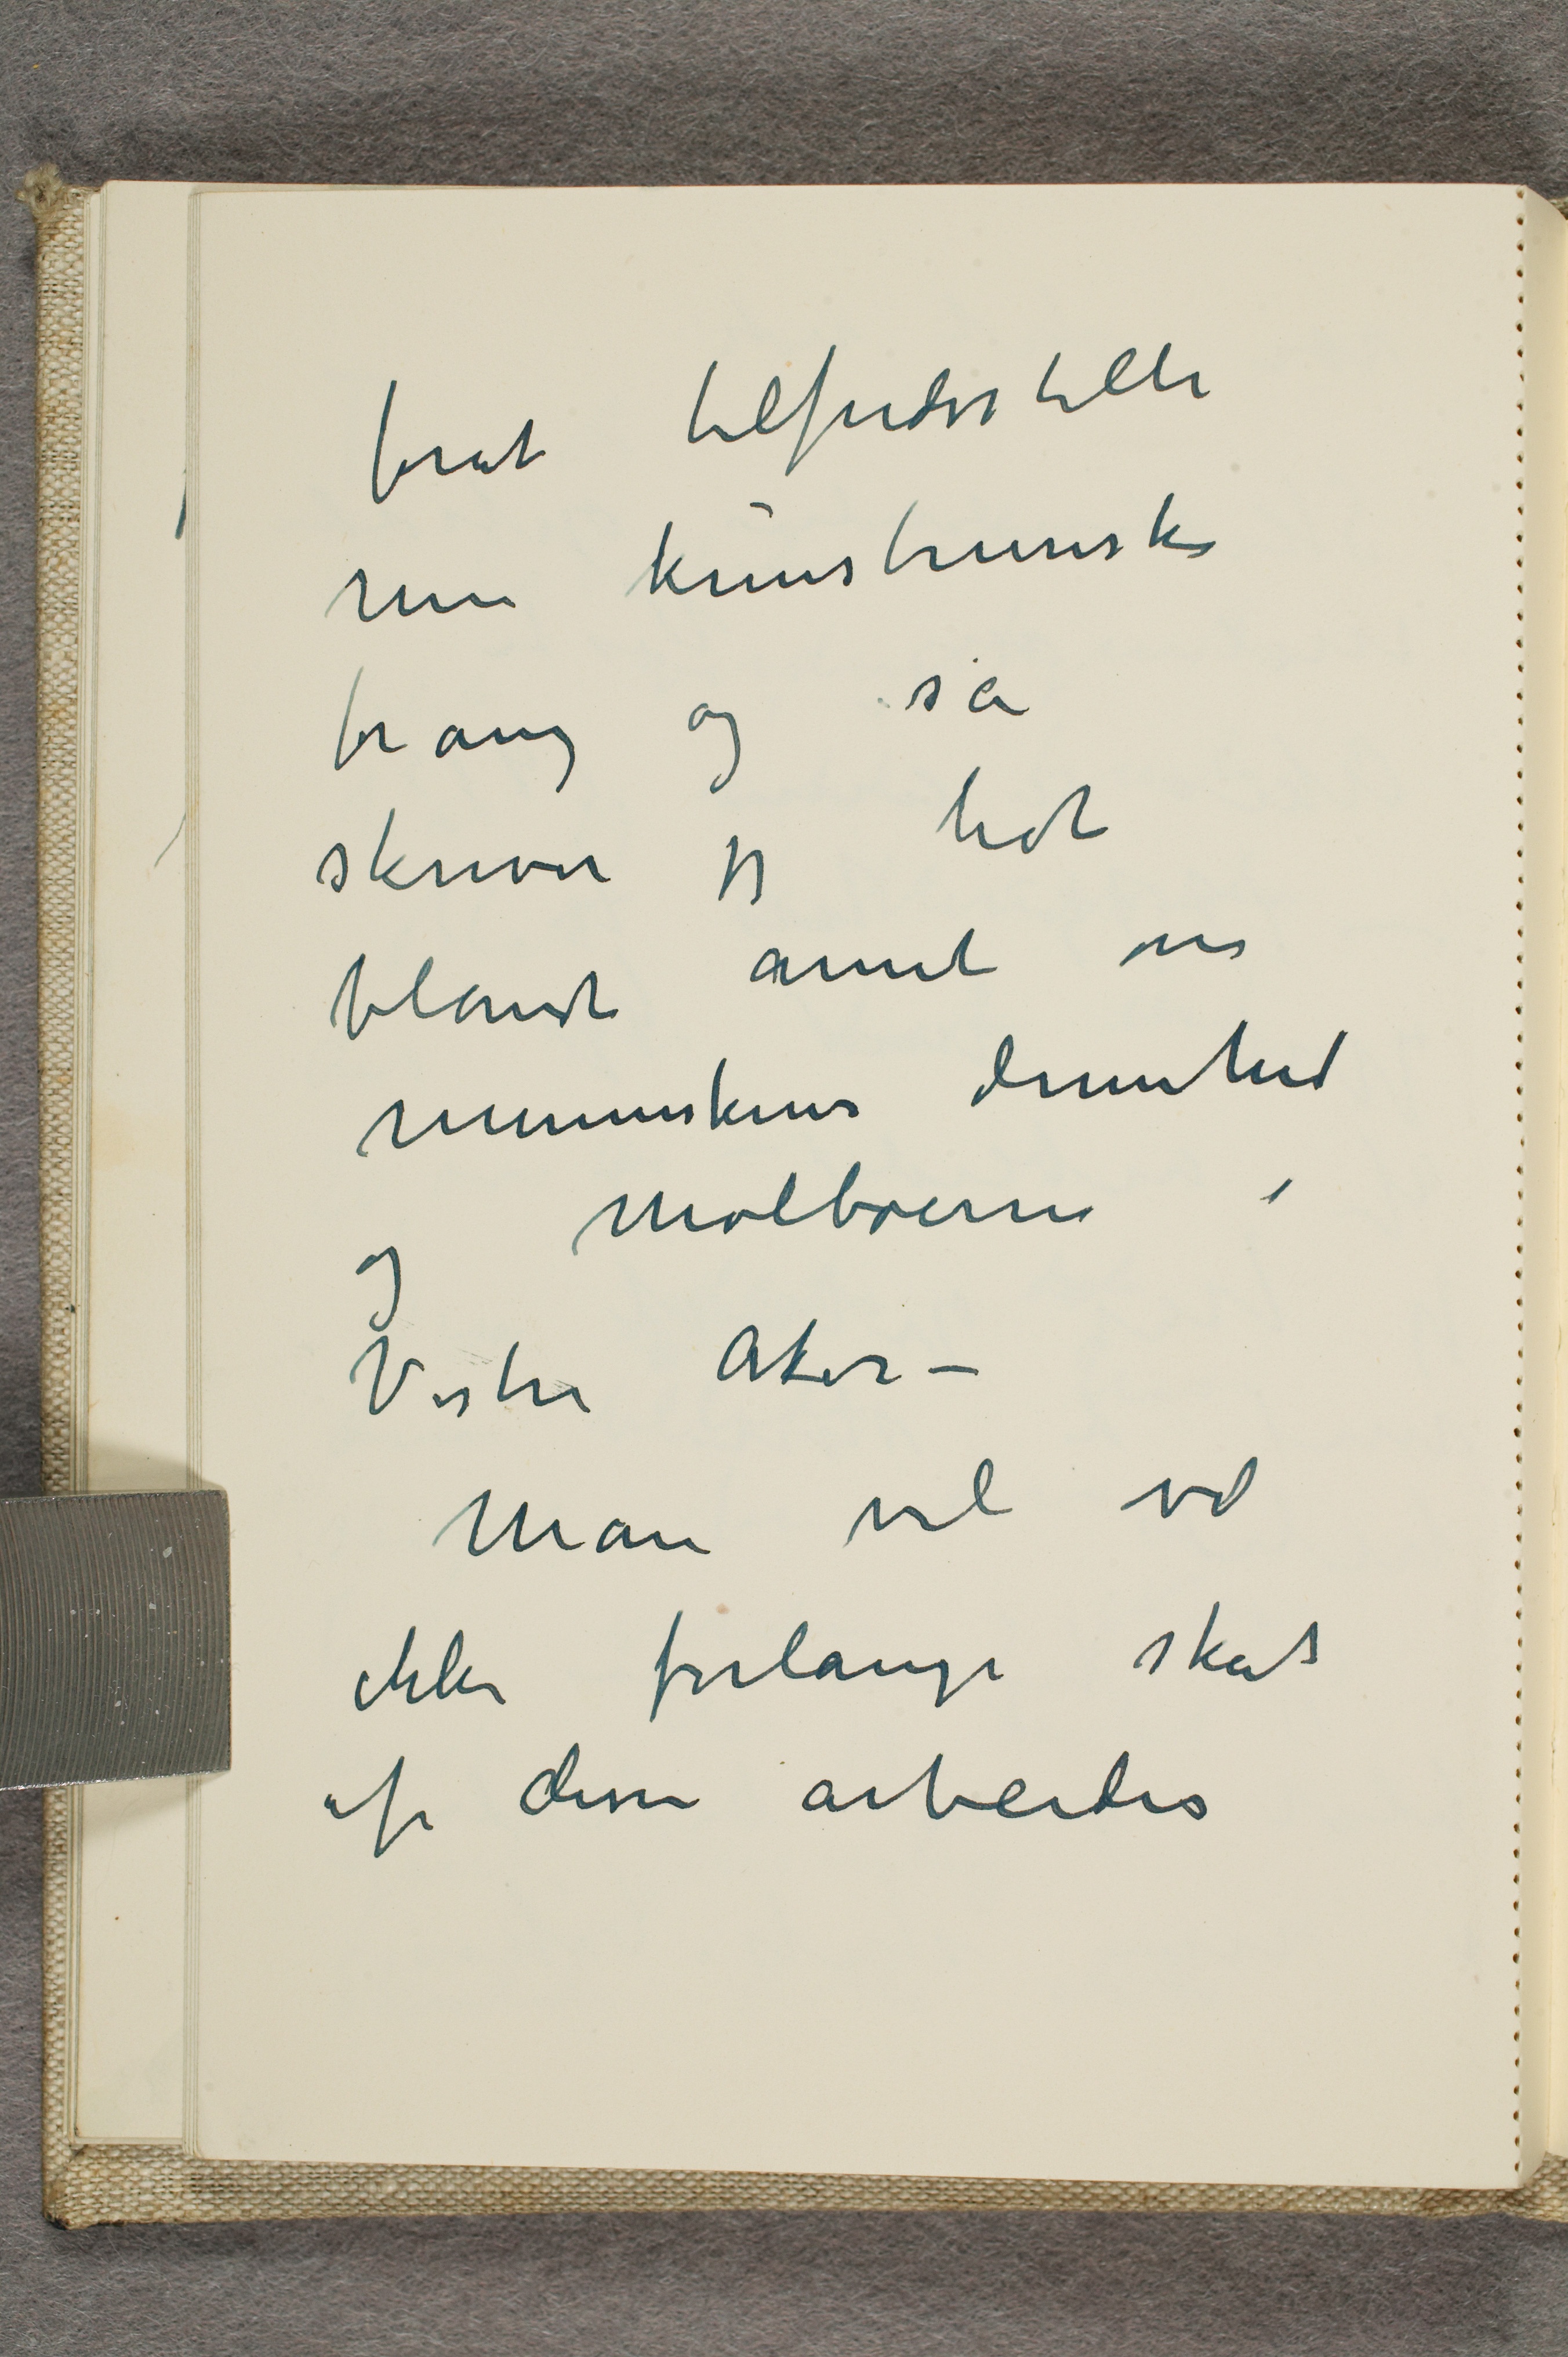
forat tilfredstille
min kunstneriske
trang og så
skriver jeg lidt
blant annet om
menneskenes dumhed
og molboerne i
Vestre Aker -
Man vil vel
ikke forlange skat
af disse arbeider